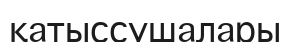
қатыссушалары